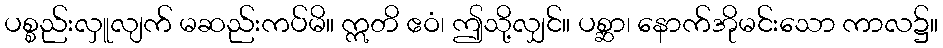
ပစ္စည်းလှူလျက် မဆည်းကပ်မိ။ ဣတိ ဧဝံ၊ ဤသို့လျှင်။ ပစ္ဆာ၊ နောက်အိုမင်းသော ကာလ၌။